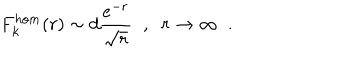
LaTeX: F _ { k } ^ { h o m } ( r ) \sim d \frac { e ^ { - r } } { \sqrt { r } } \; \; , \; \; r \rightarrow \infty \; \; .